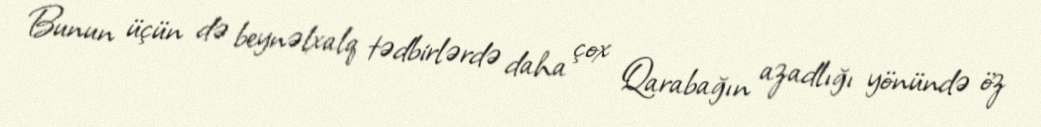
Bunun üçün də beynəlxalq tədbirlərdə daha çox Qarabağın azadlığı yönündə öz